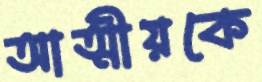
আত্মীয়কে